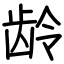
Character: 龄